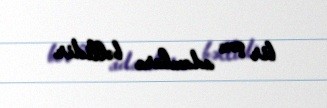
bir çox adamlara bəllidir.